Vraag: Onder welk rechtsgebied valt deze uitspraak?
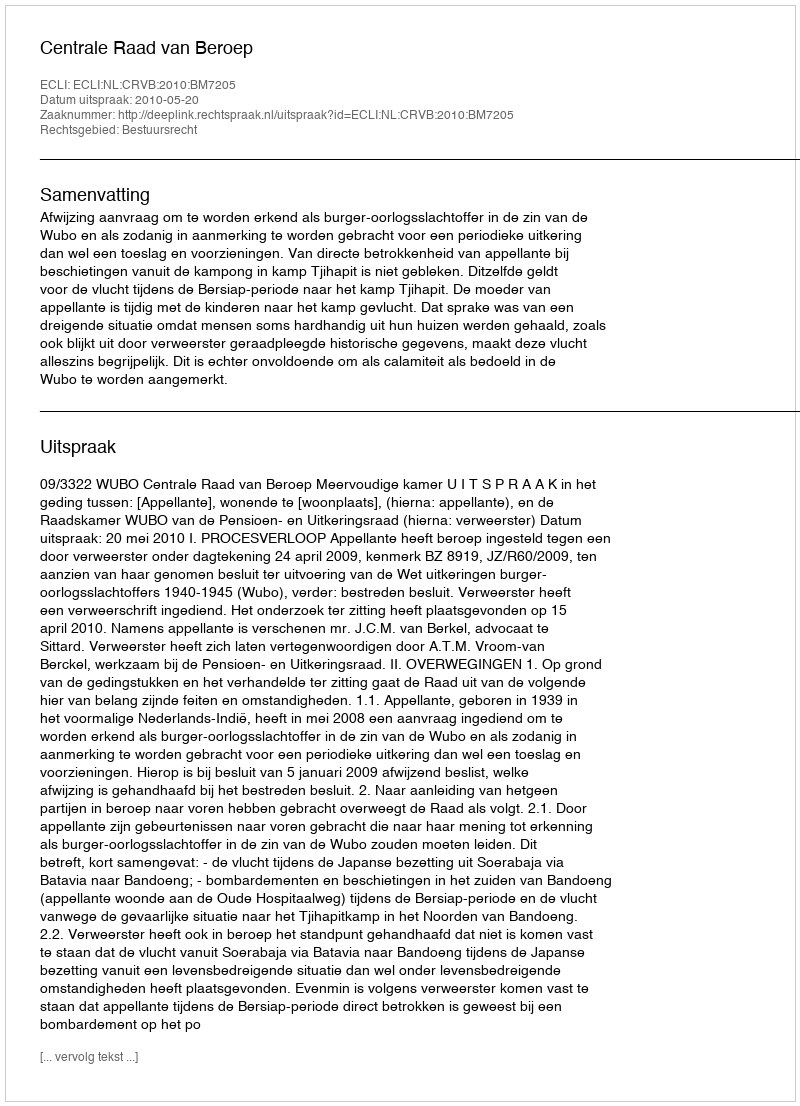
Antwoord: Bestuursrecht